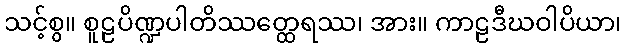
သင့်စွ။ စူဠပိဏ္ဍပါတိဿတ္ထေရဿ၊ အား။ ကာဠဒီဃဝါပိယာ၊